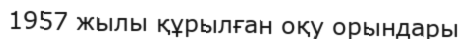
1957 жылы құрылған оқу орындары